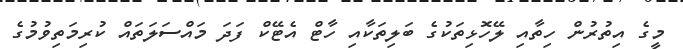
މީގެ އިތުރުން ހިތާއި ލޭހޮޅިތަކުގެ ބަލިތަކާއި ހާޓް އެޓޭކް ފަދަ މައްސަލަތައް ކުރިމަތިވުމުގެ